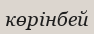
көрінбей